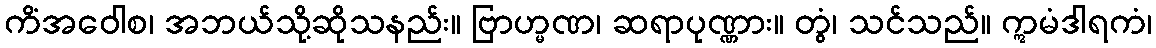
ကိံအဝေါစ၊ အဘယ်သို့ဆိုသနည်း။ ဗြာဟ္မဏ၊ ဆရာပုဏ္ဏား။ တွံ၊ သင်သည်။ ဣမံဒါရကံ၊